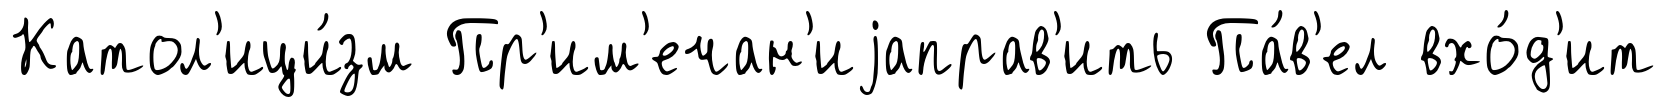
Катол'ици́зм Пр'им'ечан'иjаправ'ить Па́в'ел вхо́д'ит